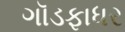
ગૉડફાધર